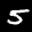
Label: 5